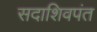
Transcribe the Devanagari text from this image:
सदाशिवपंत